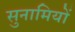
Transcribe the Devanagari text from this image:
सुनामियों